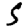
Digit: 5